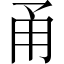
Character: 甬